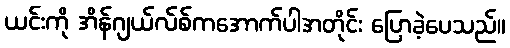
ယင်းကို အိန်ဂျယ်လ်စ်ကအောက်ပါအတိုင်း ပြောခဲ့ပေသည်။